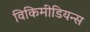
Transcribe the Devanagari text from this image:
विकिमीडियन्स